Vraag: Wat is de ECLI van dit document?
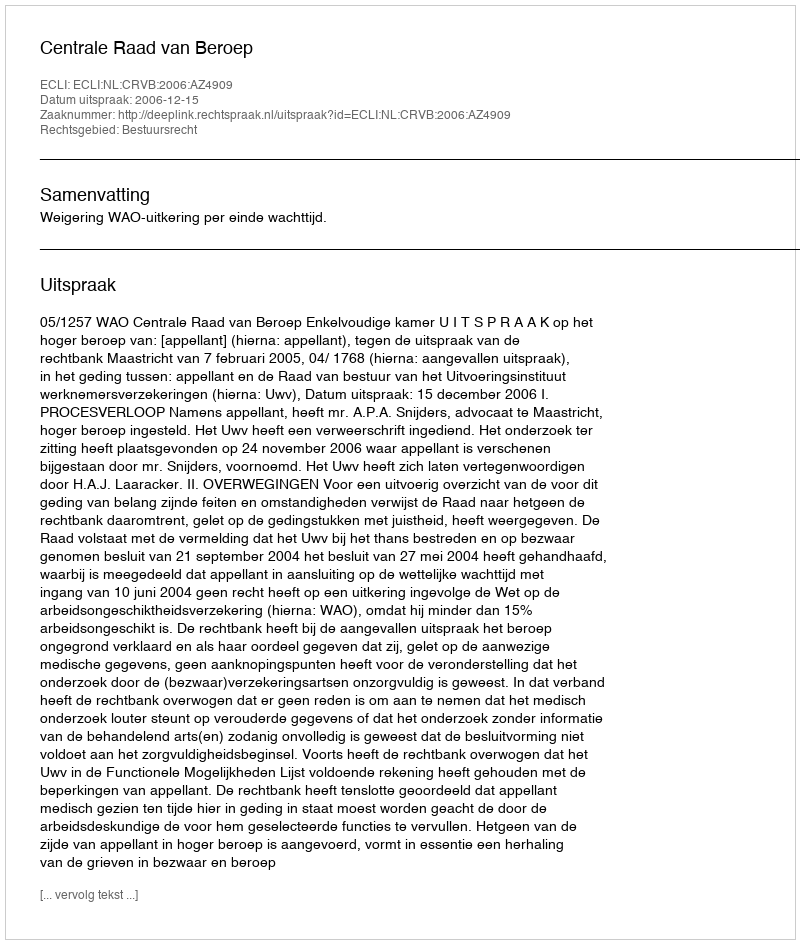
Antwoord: ECLI:NL:CRVB:2006:AZ4909